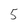
Character: 5